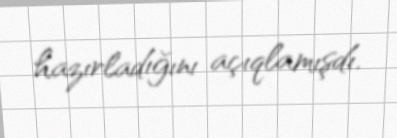
hazırladığını açıqlamışdı.